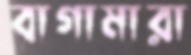
বাগামারা